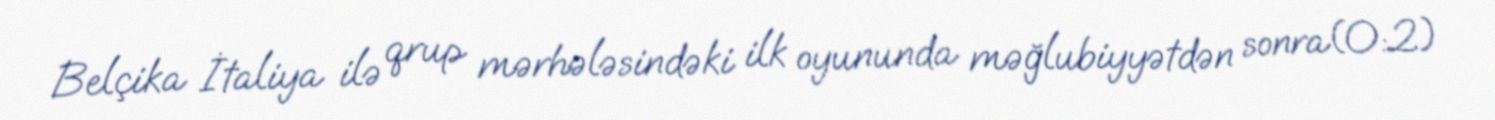
Belçika İtaliya ilə qrup mərhələsindəki ilk oyununda məğlubiyyətdən sonra(0:2)